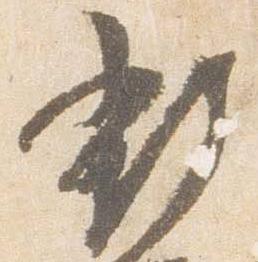
新